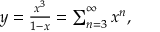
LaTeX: \textstyle y = { \frac { x ^ { 3 } } { 1 - x } } = \sum _ { n = 3 } ^ { \infty } x ^ { n } ,